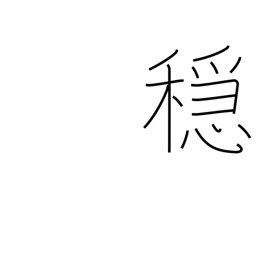
Meaning: moderation